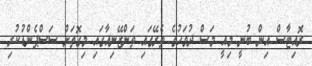
ރޮއިޓާސް އިން ބުނީ މިއީ މަސް ދުވަހުގެ ތެރޭގައި ތަންޒޭނިއާގައި މިގޮތަށް ސަސްޕެންޑުކުރި